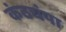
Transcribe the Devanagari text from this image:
कंठचंपा